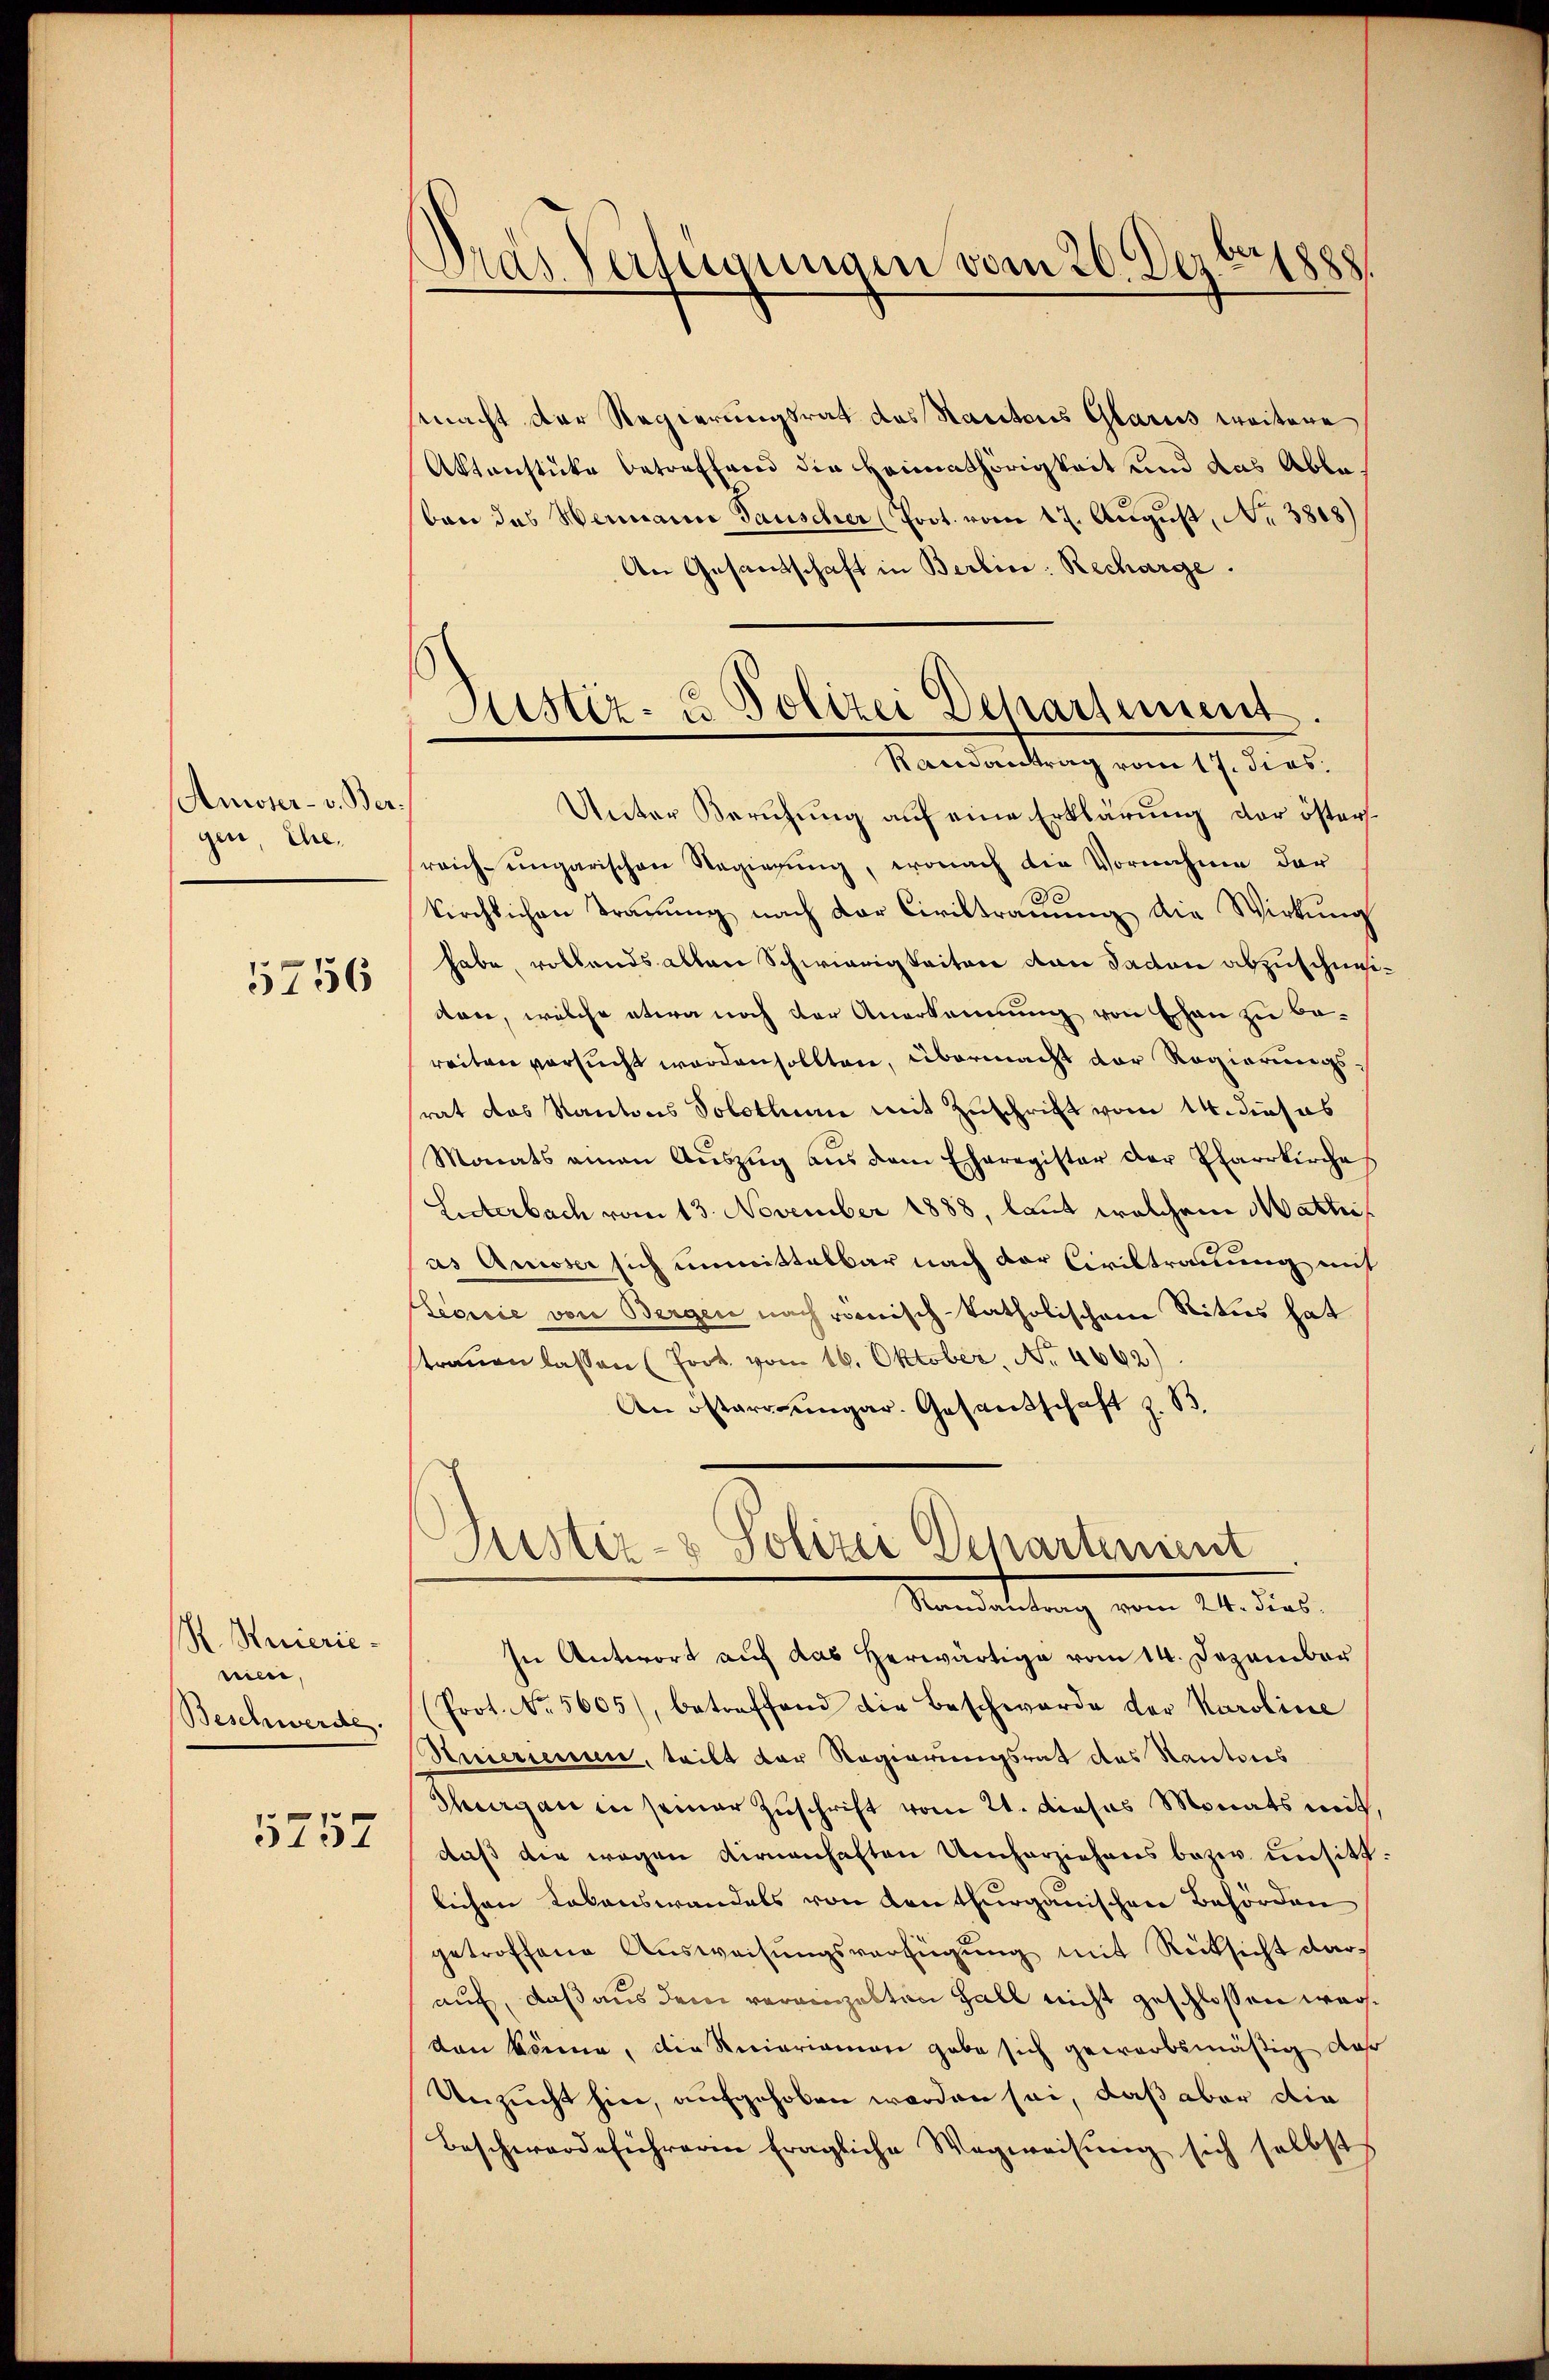
Ausser- v. Ber
gen Ehe.

5756

R. Huierie-
ne,
Beschwerde.

5757

Dras Verfügungen vom 26. Dezbr. 1888

Justiz- & Polizei Departiment
Randantrag vom 17. Jins.

mnacht der Regierungsrat des Kantons Glarus weitere
Aktenstücke betreffend die Heimathörigkeit und das Able
bon des Hermann Tauscher (Prot. vom 17. August, Nr. 3808)
An Gesandtschaft in Berlin: Recharge.
Unter Berufung auf eine Erklärung der österreich eingarischen Regierung, wonach die Vornahme der
kirchlichen Trauung nach der Civiltrauung die Wirkung
habe, vollends allen Schwierigkeiten von dation abzuschnet
von, welche etwa noch der Anerkennung von Ehen zu bereiten versucht worden sollten, übermacht der Regierungsrat das Kantons Solothum mit Zuschrift vom 14. dieses
Monats amen Aŭszŭg aŭs dem Eheregister der Pfarrkirche
Listerbach vom 13. November 1888, laut welchem Mathis
as Ausser sich unmittelbar nach der Civiltrauung mit
Seoirie von Bergen nach römisch-katholischen Ritus hat
trauen lassen (fort vom 16. Oktober, No. 4662)
An österrengar. Gesandschaft z. B.
Justiz- & Polizei Departement
Meanstaltung vom 20. dies
In Antwort auf das Herwärtige vom 14. Dezember
(Prot. No. 5605), betreffend die Beschwerde der Karoline
Stuierienne, teilt der Regierungsrat des Kantons
Thurgau in seiner Zuschrift vom 21. dieses Monats mit
daß die wegen Firnenhaften Umherziehens bezw. unsitt
lichen Lebenswandels von enthurgauischen Behörden
getroffene Ausweisungsverfügung mit Rücksicht darauf, daß aus dem vereinzelten Fall nicht geschlossen werden könne, die Riciariamon gabe sich gewarbsmäßig daß
Unzucht hier, aufgehoben worden sei, daß aber die
Beschwerdeführeren fragliche Wegweisung sich selbst